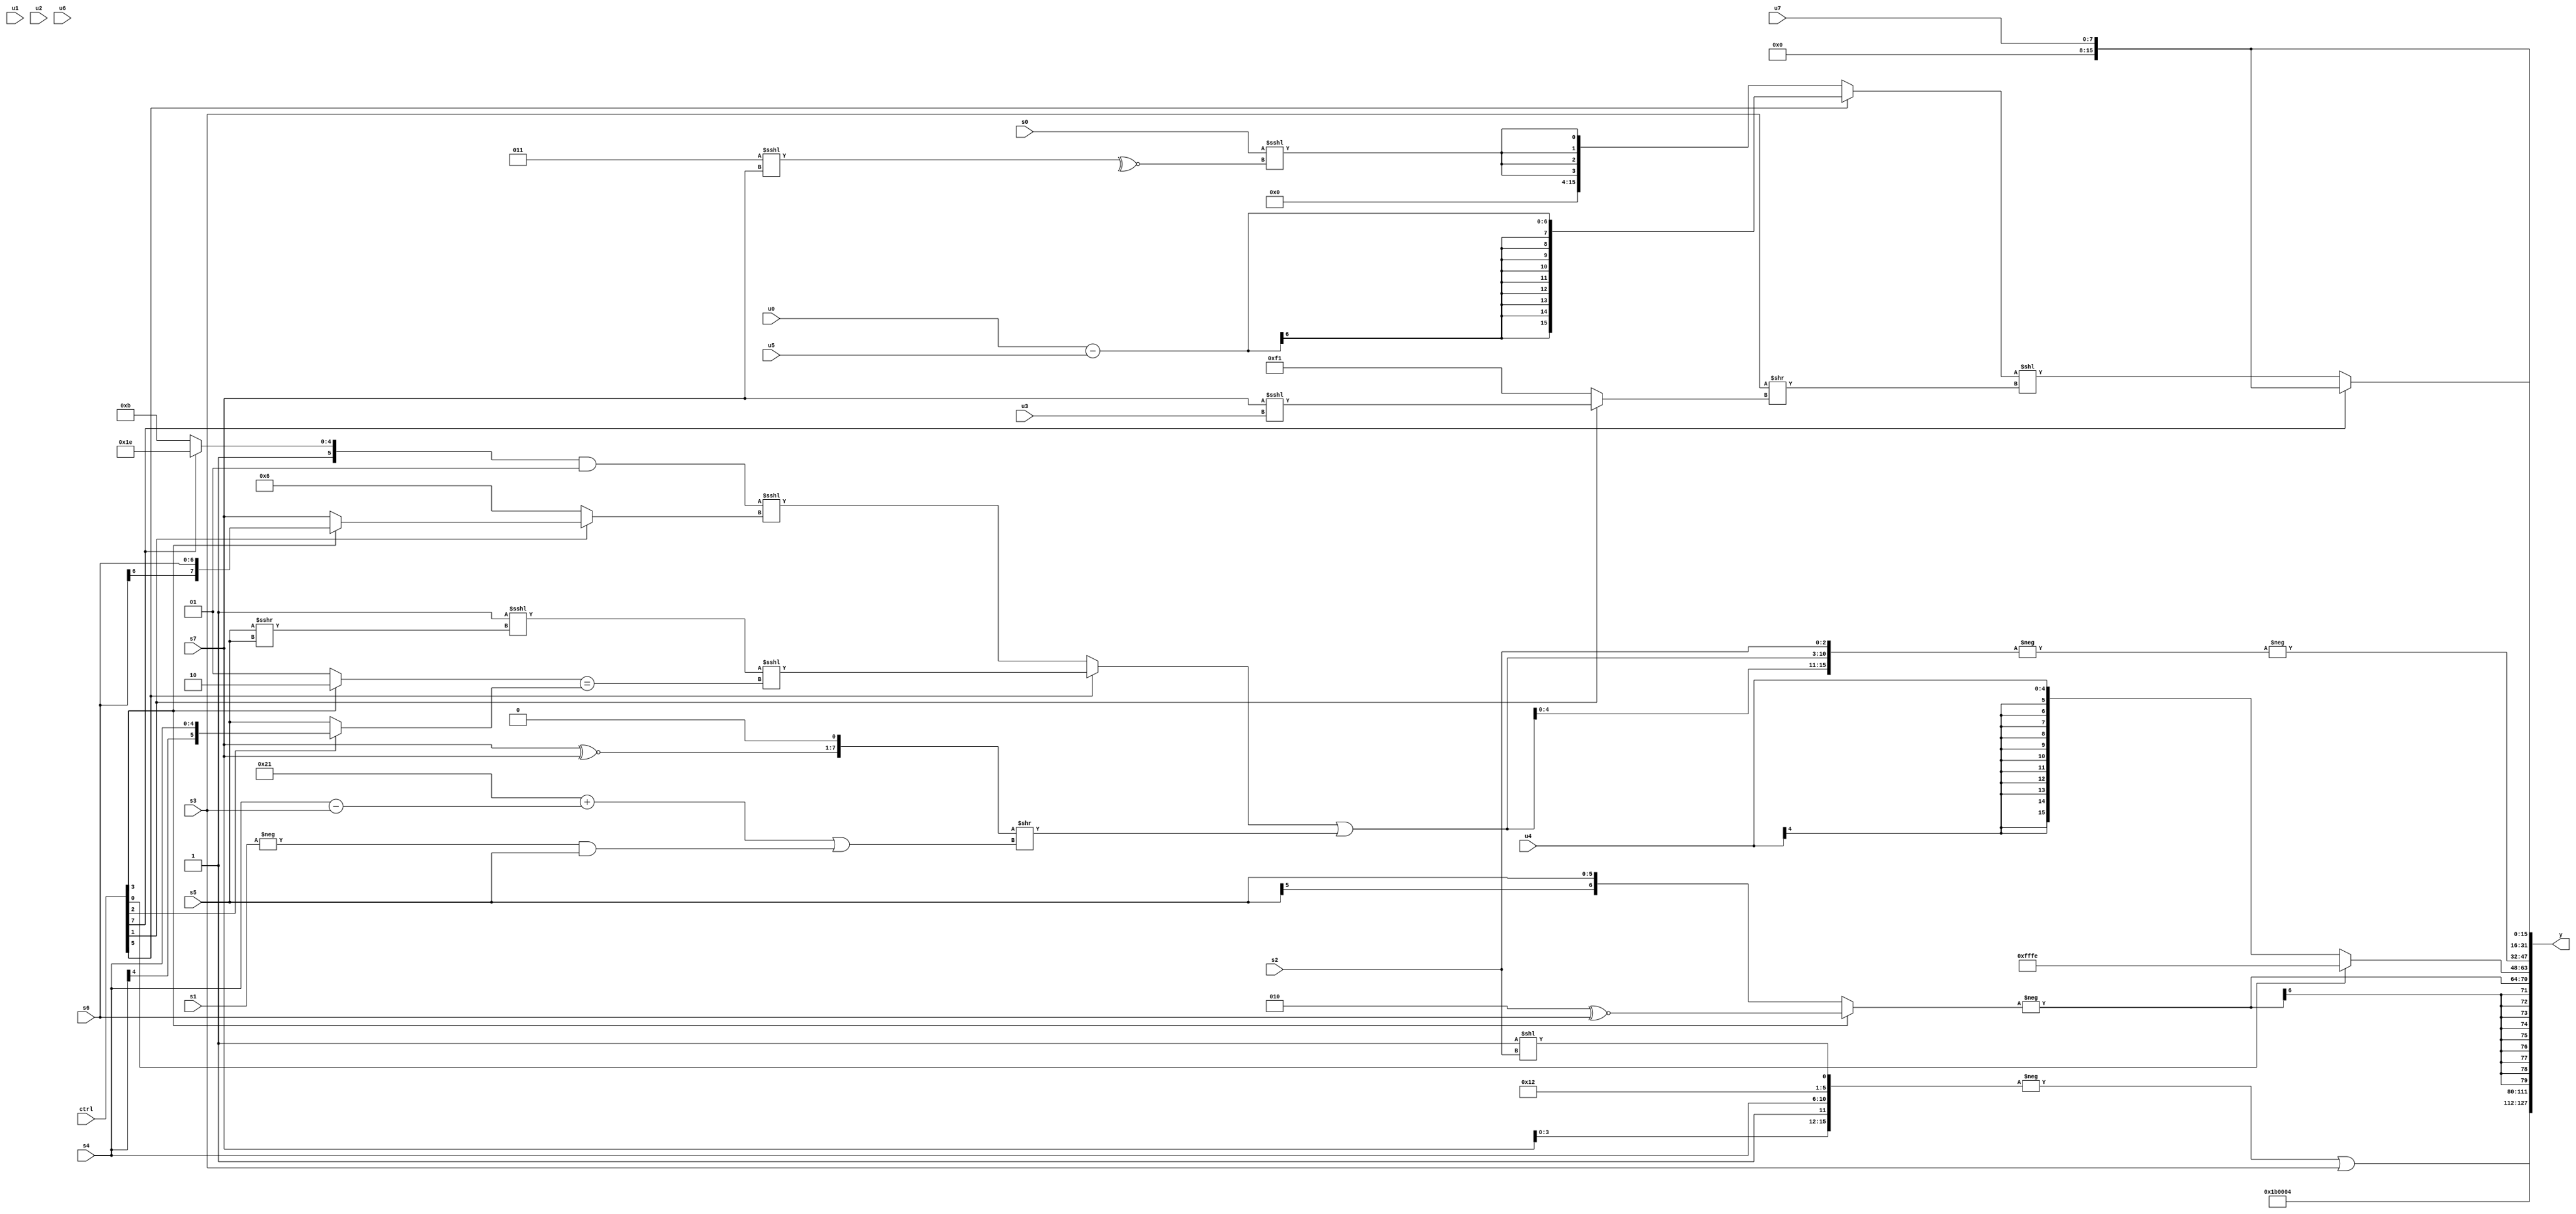
module wideexpr_00425(ctrl, u0, u1, u2, u3, u4, u5, u6, u7, s0, s1, s2, s3, s4, s5, s6, s7, y);
  input [7:0] ctrl;
  input [0:0] u0;
  input [1:0] u1;
  input [2:0] u2;
  input [3:0] u3;
  input [4:0] u4;
  input [5:0] u5;
  input [6:0] u6;
  input [7:0] u7;
  input signed [0:0] s0;
  input signed [1:0] s1;
  input signed [2:0] s2;
  input signed [3:0] s3;
  input signed [4:0] s4;
  input signed [5:0] s5;
  input signed [6:0] s6;
  input signed [7:0] s7;
  output [127:0] y;
  wire [15:0] y0;
  wire [15:0] y1;
  wire [15:0] y2;
  wire [15:0] y3;
  wire [15:0] y4;
  wire [15:0] y5;
  wire [15:0] y6;
  wire [15:0] y7;
  assign y = {y0,y1,y2,y3,y4,y5,y6,y7};
  assign y0 = (-({s2,(6'sb110110)|((ctrl[5]?s5:s2)),s7,{1'sb1,s4,(5'b01001)<<<(1'sb1),(1'sb1)<<(s2)}}))|(s3);
  assign y1 = 6'sb011011;
  assign y2 = 3'b100;
  assign y3 = +($signed(+(+(-((ctrl[3]?(3'sb010)^~(s6):$signed(s5)))))));
  assign y4 = (ctrl[0]?2'sb10:$signed(u4));
  assign y5 = -(-({{3{((ctrl[5]?((1'sb1)<<<((s5)>>>(s5)))<<<(((ctrl[3]?2'sb10:2'sb01))==((ctrl[2]?s4:s5))):(((ctrl[7]?2'sb10:6'sb101011))&((1'sb1)-(4'sb1110)))<<<((ctrl[1]?(ctrl[3]?s6:s7):-(4'sb1010)))))|((((+(s7))^~(s7))<<(~&(6'sb100100)))>>(((6'sb100001)+((s4)-(s3)))|((-(s1))&(s5))))}},s2}));
  assign y6 = u7;
  assign y7 = (ctrl[7]?u7:((ctrl[5]?(u0)-(u5):{4{(s0)<<<(~^((3'sb011)<<<(s7)))}}))<<((s3)>>((ctrl[1]?(s7)<<<($signed(+(u3))):6'sb110001))));
endmodule